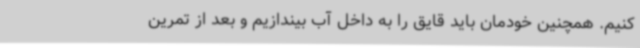
کنیم. همچنین خودمان باید قایق را به داخل آب بیندازیم و بعد از تمرین